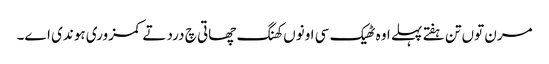
مرن توں تن ہفتے پہلے اوہ ٹھیک سی اونوں کھنگ چھاتی چ درد تے کمزوری ہوندی اے۔